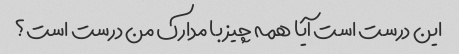
این درست است آیا همه چیز با مدارک من درست است؟